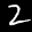
Label: 2